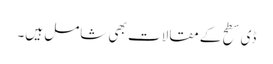
ڈی سطح کے مقالات بھی شامل ہیں۔